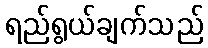
ရည်ရွယ်ချက်သည်